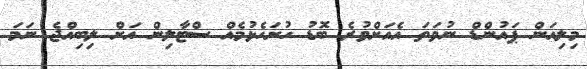
މިލިއަން ޕައުންޑް ނުވަތަ އެއަށްވުރެ ބޮޑު ހުށަހެޅުމެއް ސްޓާލިން އަށް ލިބިއްޖެ ނަމަ